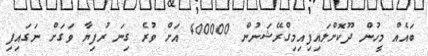
ބައެއް މީހުން ދޫކޮށްލައިފިއިމިގްރޭޝަނުން 400000 އަށް ވުރެ ގިނަ ރުފިޔާ ވަގަށް ނަގައިފި